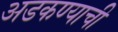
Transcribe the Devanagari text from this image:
अडकण्याची